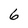
Character: 6